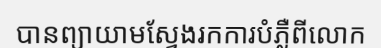
បានព្យាយាមស្វែងរកការបំភ្លឺពីលោក